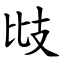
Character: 㩺